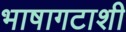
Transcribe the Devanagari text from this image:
भाषागटाशी